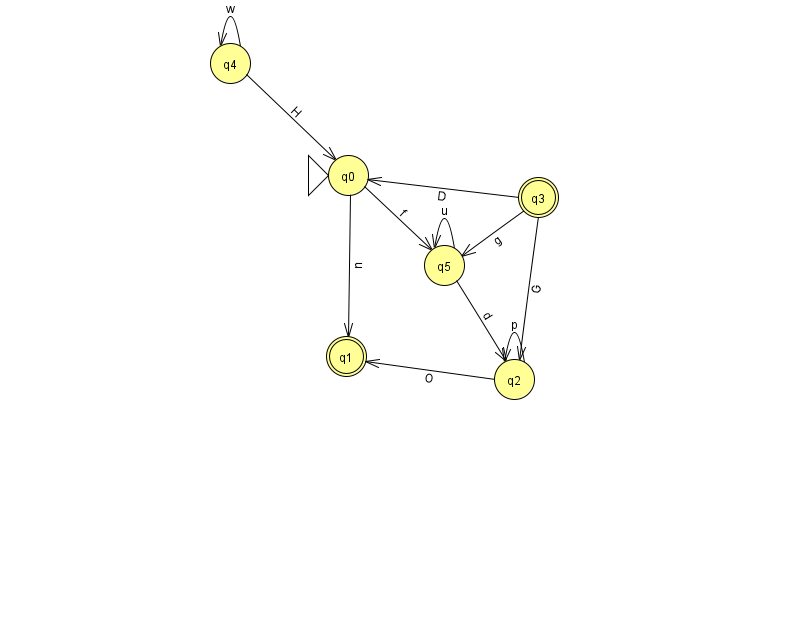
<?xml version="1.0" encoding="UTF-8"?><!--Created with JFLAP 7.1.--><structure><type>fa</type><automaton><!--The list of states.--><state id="0" name="q0"><x>348.0</x><y>162.0</y><initial/></state><state id="1" name="q1"><x>346.0</x><y>343.0</y><final/></state><state id="2" name="q2"><x>514.0</x><y>366.0</y></state><state id="3" name="q3"><x>538.0</x><y>184.0</y><final/></state><state id="4" name="q4"><x>230.0</x><y>50.0</y></state><state id="5" name="q5"><x>444.0</x><y>252.0</y></state><!--The list of transitions.--><transition><from>2</from><to>2</to><read>p</read></transition><transition><from>0</from><to>1</to><read>n</read></transition><transition><from>5</from><to>2</to><read>d</read></transition><transition><from>0</from><to>5</to><read>f</read></transition><transition><from>5</from><to>5</to><read>u</read></transition><transition><from>2</from><to>1</to><read>O</read></transition><transition><from>4</from><to>4</to><read>w</read></transition><transition><from>3</from><to>2</to><read>G</read></transition><transition><from>4</from><to>0</to><read>H</read></transition><transition><from>3</from><to>0</to><read>D</read></transition><transition><from>3</from><to>5</to><read>g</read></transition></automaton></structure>